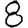
Digit: 8